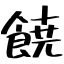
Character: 𩜙